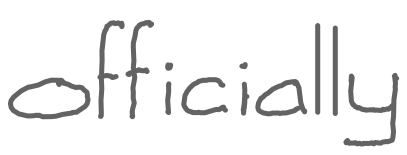
Text: officially
Cross-out: clean
Writing tool: digital_gray